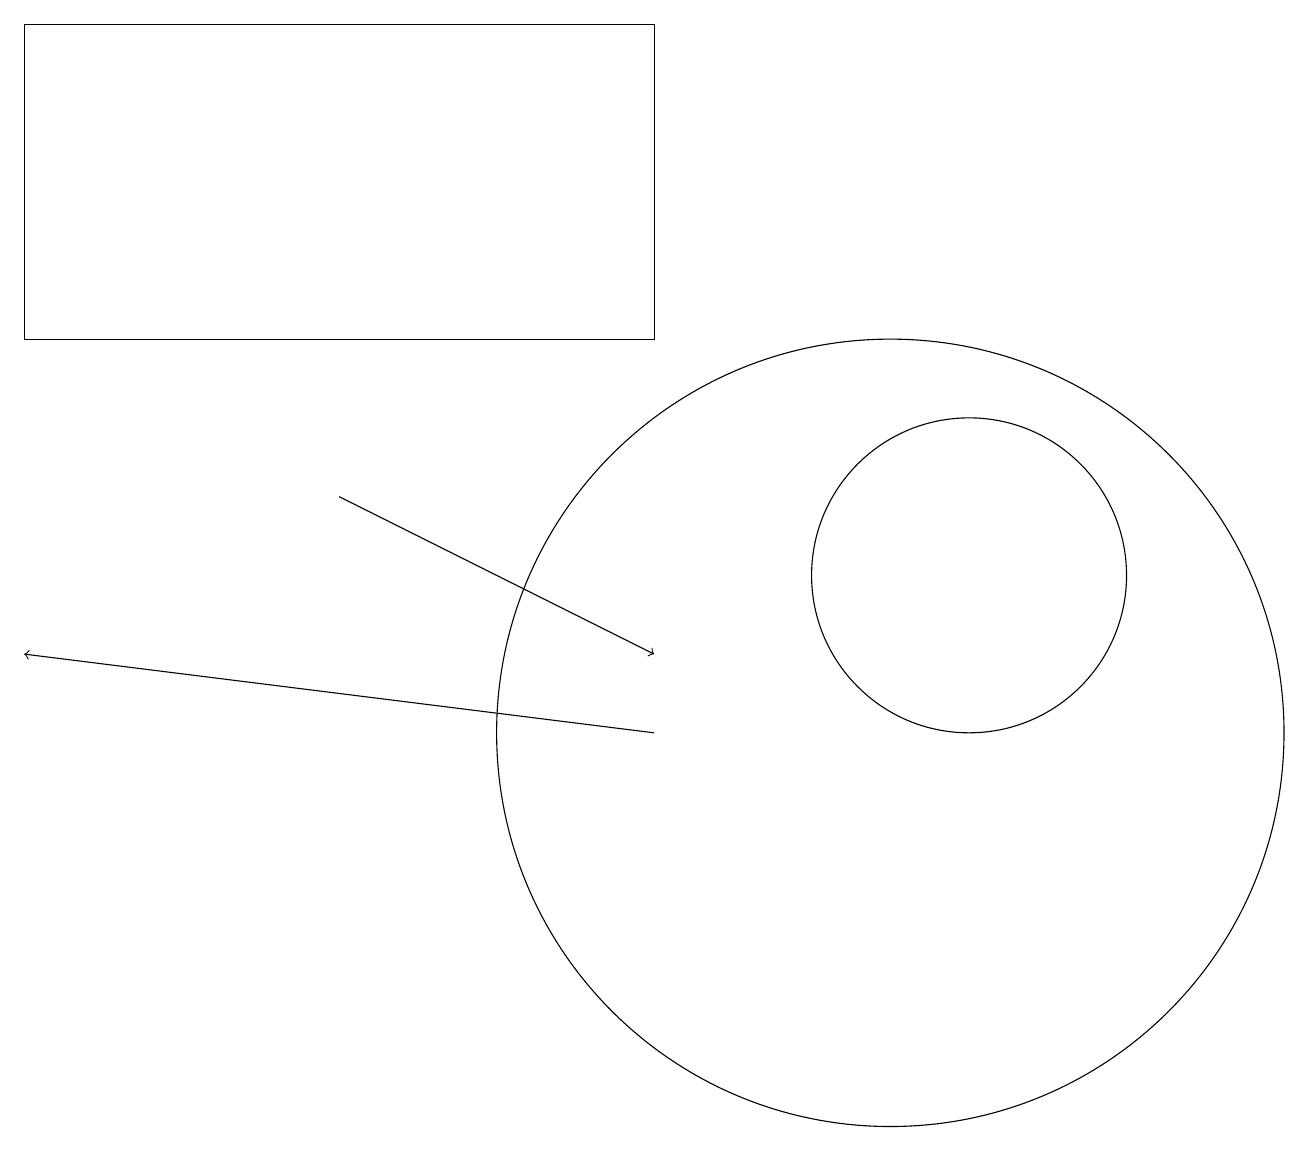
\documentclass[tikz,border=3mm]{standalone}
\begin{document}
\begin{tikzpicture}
\draw (0,15) rectangle (8,19);
\draw[->] (8,10) -- (0,11);
\draw (12,12) circle (2);
\draw[->] (4,13) -- (8,11);
\draw (11,10) circle (5);
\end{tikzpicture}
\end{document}